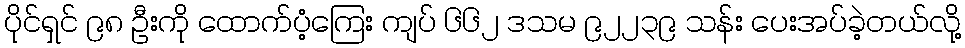
ပိုင်ရှင် ၉၈ ဦးကို ထောက်ပံ့ကြေး ကျပ် ၆၆၂ ဒသမ ၉၂၂၃၉ သန်း ပေးအပ်ခဲ့တယ်လို့